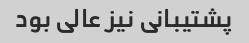
پشتیبانی نیز عالی بود